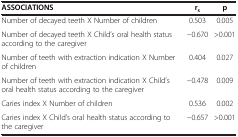
<table><thead><tr><td><b>ASSOCIATIONS</b></td><td><b>r<sub>s</sub></b></td><td><b>p</b></td></tr></thead><tbody><tr><td>Number of decayed teeth X Number of children</td><td>0.503</td><td>0.005</td></tr><tr><td>Number of decayed teeth X Child’s oral health status according to the caregiver</td><td>−0.670</td><td>&gt;0.001</td></tr><tr><td>Number of teeth with extraction indication X Number of children</td><td>0.404</td><td>0.027</td></tr><tr><td>Number of teeth with extraction indication X Child’s oral health status according to the caregiver</td><td>−0.478</td><td>0.009</td></tr><tr><td>Caries index X Number of children</td><td>0.536</td><td>0.002</td></tr><tr><td>Caries index X Child’s oral health status according to the caregiver</td><td>−0.657</td><td>&gt;0.001</td></tr></tbody></table>